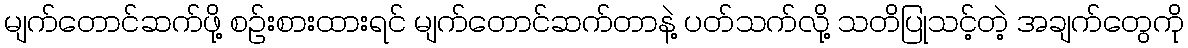
မျက်တောင်ဆက်ဖို့ စဉ်းစားထားရင် မျက်တောင်ဆက်တာနဲ့ ပတ်သက်လို့ သတိပြုသင့်တဲ့ အချက်တွေကို